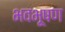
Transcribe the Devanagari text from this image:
भवभूषण